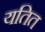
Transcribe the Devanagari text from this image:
यतित